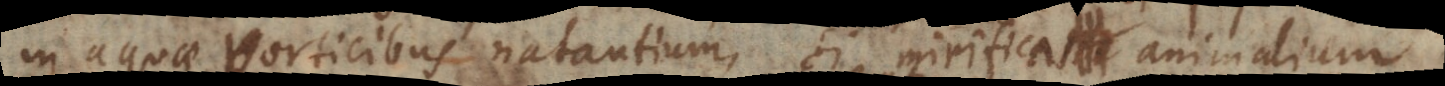
in aquae vorticibus natantium, si mirifica animalium